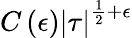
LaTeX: C\left(\epsilon\right)\left|\tau\right|^{{\frac{1}{2}}+\epsilon}